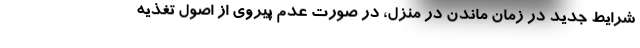
شرایط جدید در زمان ماندن در منزل، در صورت عدم پیروی از اصول تغذیه